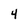
Character: 4